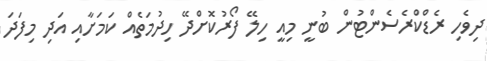
ދިވެހި ރެޑްކްރެސެންޓުން ބުނީ މިއީ ހިލޭ ފޯރުކޮށްދޭ ހިދުމަތެއް ކަމަށާއި އަދި މިފަދަ